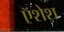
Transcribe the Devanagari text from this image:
ऍशेश